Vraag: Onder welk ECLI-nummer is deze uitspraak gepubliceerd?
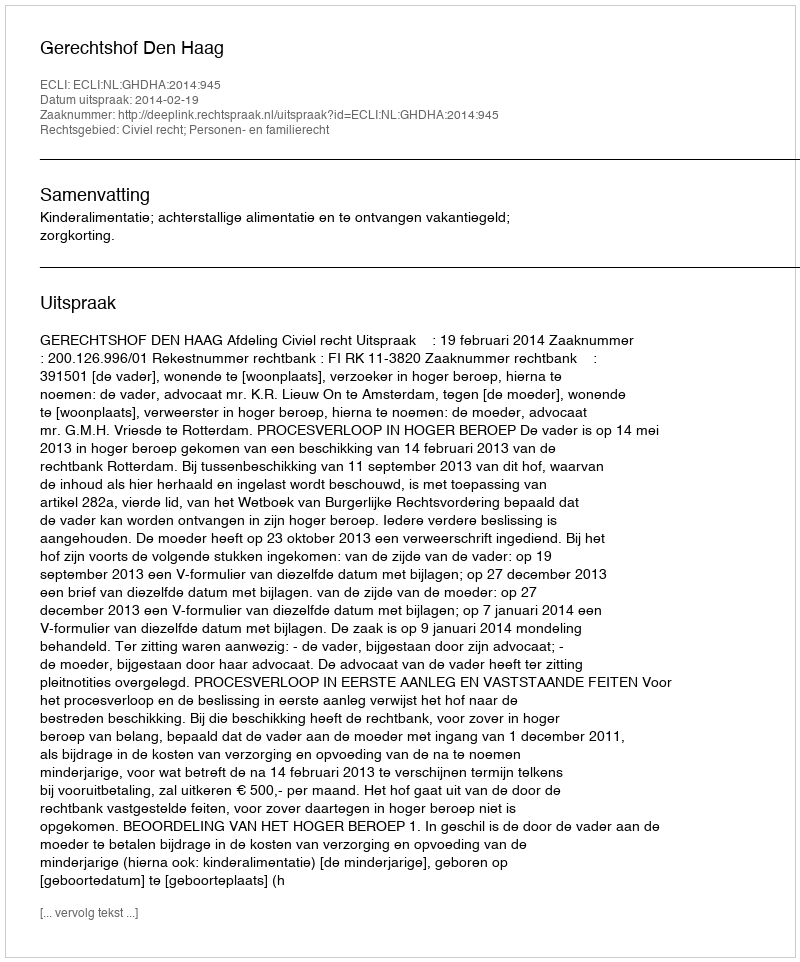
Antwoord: ECLI:NL:GHDHA:2014:945